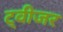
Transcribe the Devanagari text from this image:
ट्वीजर